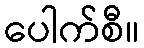
ပေါက်စီ။